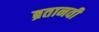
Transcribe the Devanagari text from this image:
ब्रतानवी